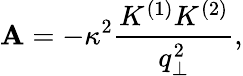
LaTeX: \mathbf{A}=-\kappa^{2}\frac{{K^{(1)}K^{(2)}}}{{q_{\perp}^{2}}},